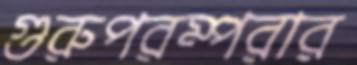
গুরুপরম্পরার